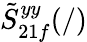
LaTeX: \tilde{S}_{21f}^{yy}(/)